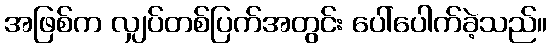
အဖြစ်က လျှပ်တစ်ပြက်အတွင်း ပေါ်ပေါက်ခဲ့သည်။